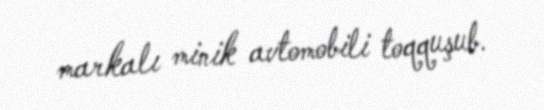
markalı minik avtomobili toqquşub.